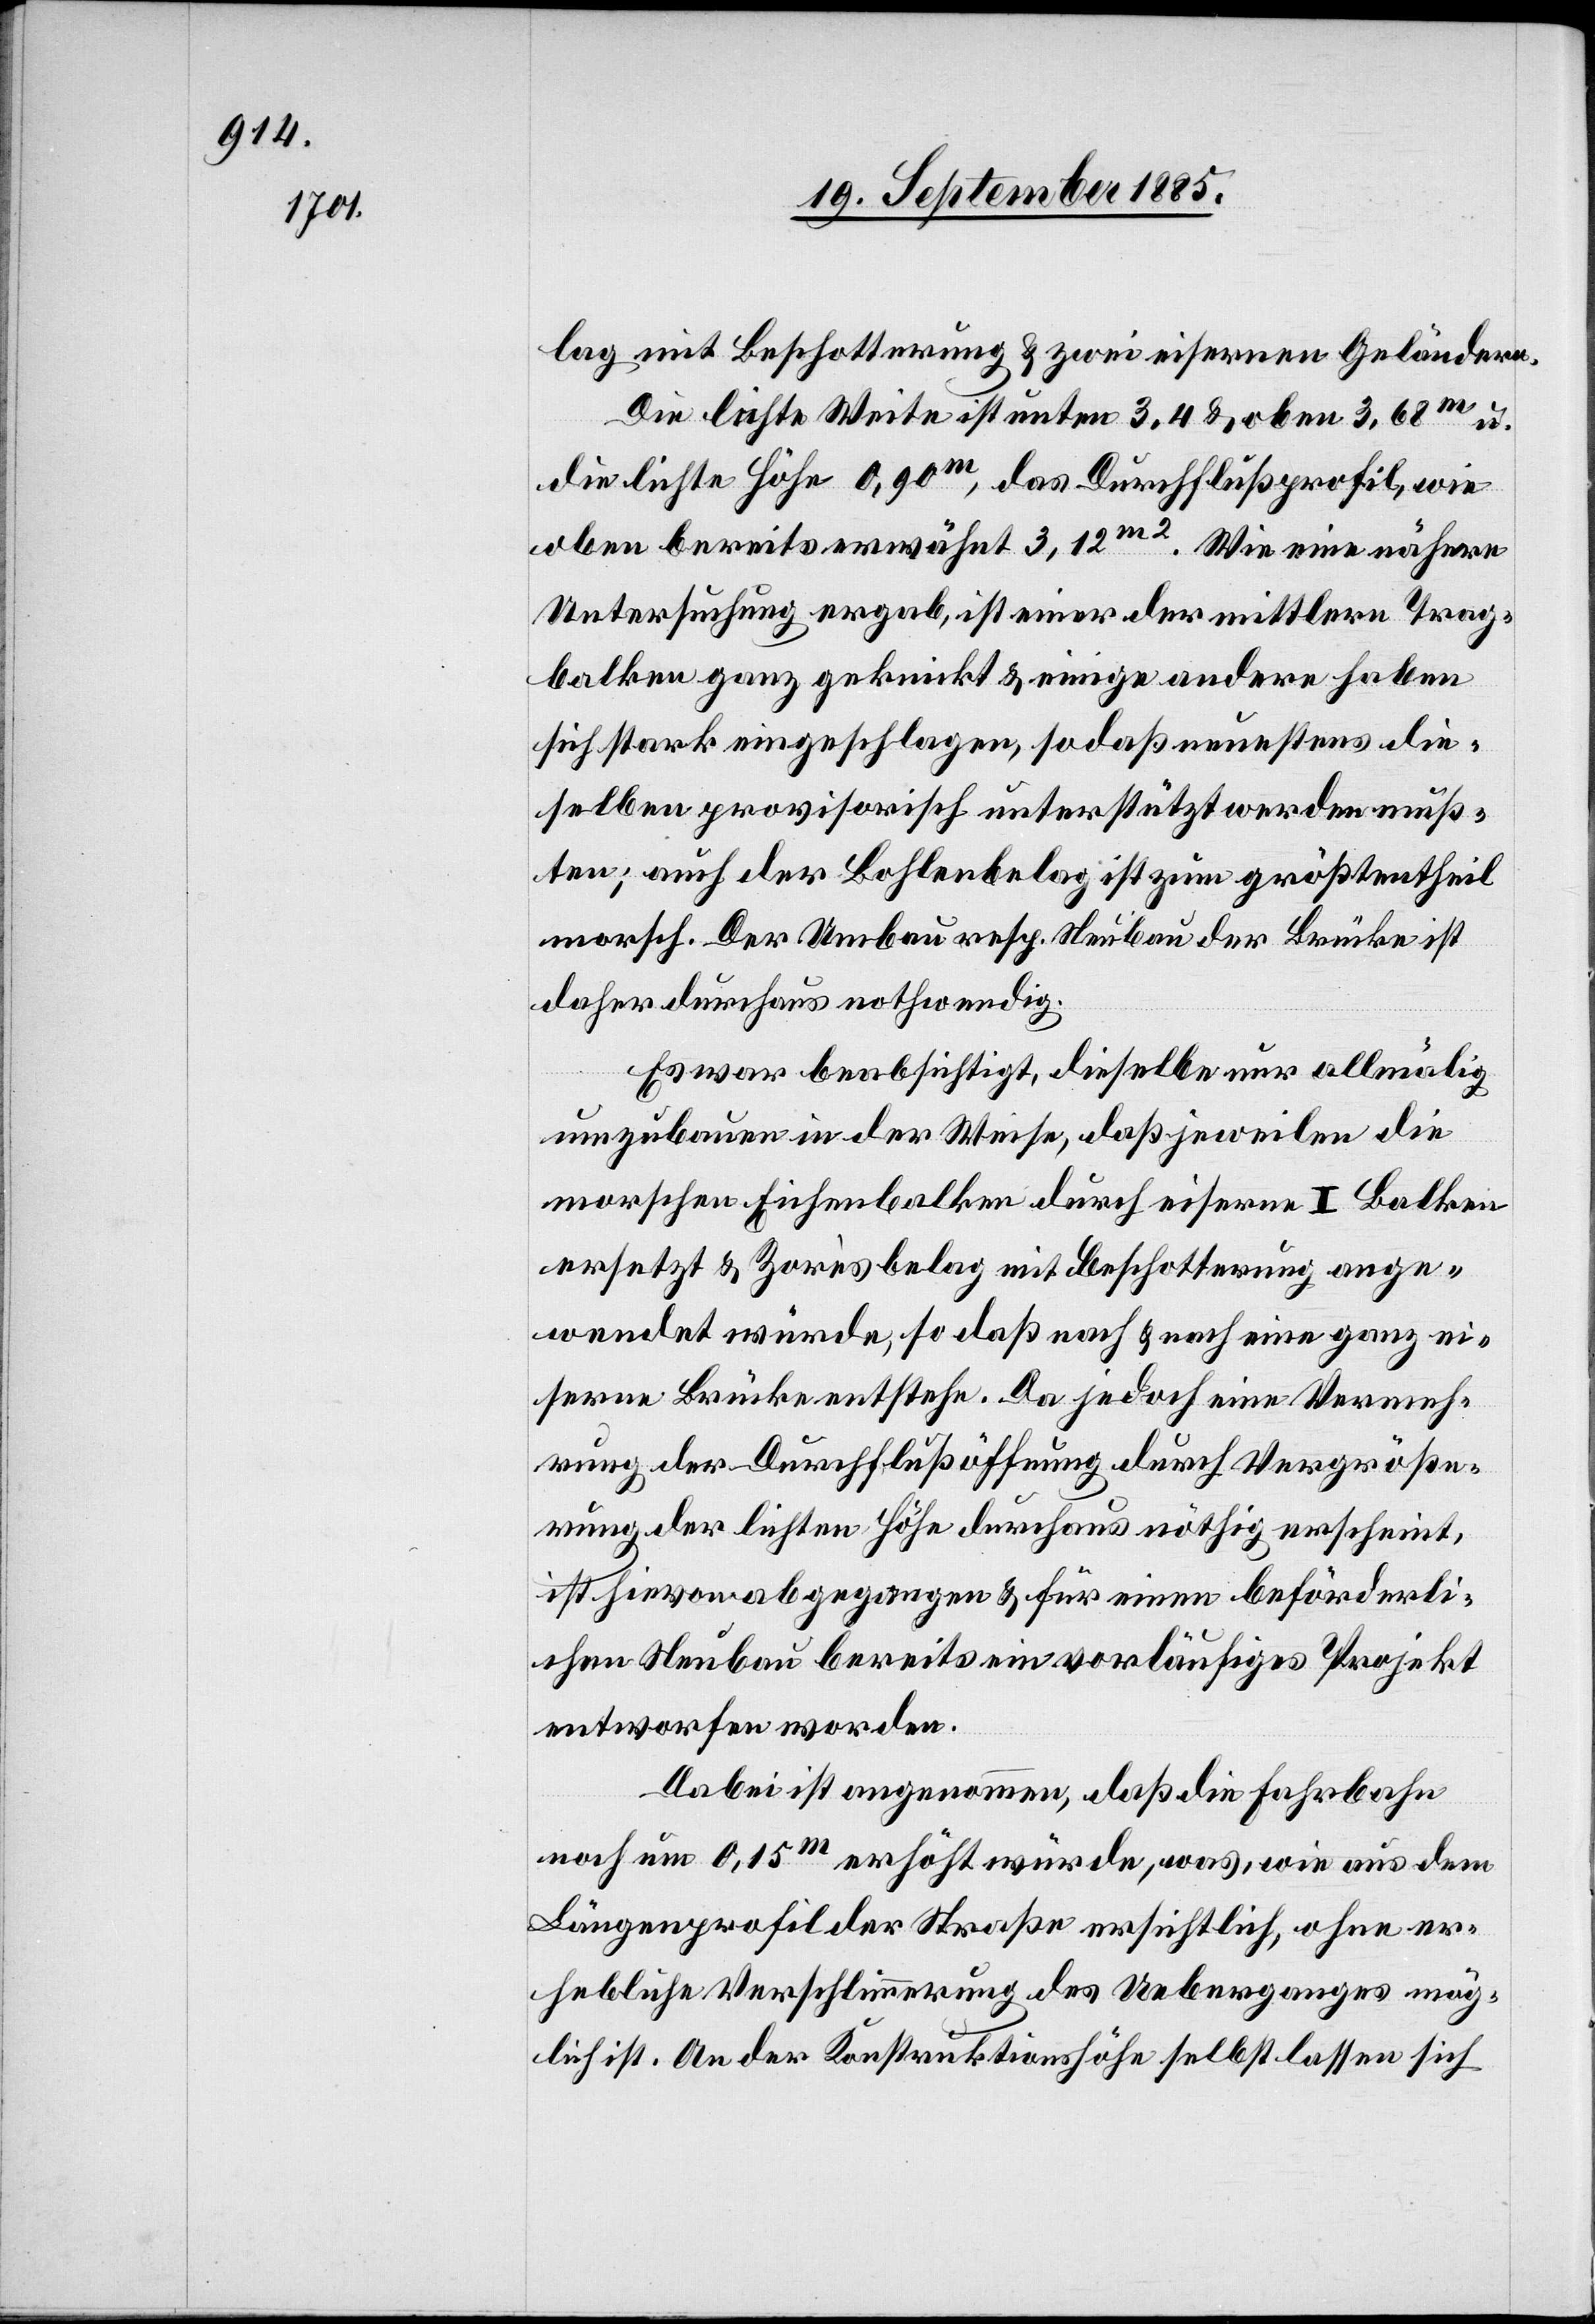
lag mit Beschotterung & zwei eisernen Geländern.
Die lichte Weite ist unten 3,4 & oben 3,68m u.
die lichte Höhe 0,90m, das Durchflußprofil, wie
oben bereits erwähnt 3,12m2. Wie eine nähere
Untersuchung ergab, ist einer der mittlern Trag¬
balken ganz geknickt & einige andere haben
sich stark eingeschlagen, so daß neuestens die¬
selben provisorisch unterstützt werden muß¬
ten; auch der Bohlenbelag ist zum größtentheil
morsch. Der Umbau resp. Neubau der Brücke ist
daher durchaus nothwendig.
Es war beabsichtigt, dieselbe nur allmälig
umzubauen in der Weise, daß jeweilen die
morschen Eichenbalken durch eiserne I Balken
ersetzt & Zoresbelag mit Beschotterung ange¬
wendet würde, so daß nach & nach eine ganz ei¬
serne Brücke entstehe. Da jedoch eine Vermeh¬
rung der Durchflußöffnung durch Vergröße¬
rung der lichten Höhe durchaus nöthig erscheint,
ist hievon abgegangen & für einen beförderli¬
chen Neubau bereits ein vorläufiges Projekt
entworfen worden.
Dabei ist angenommen, daß die Fahrbahn
noch um 0,15m erhöht würde, was, wie aus dem
Längenprofil der Straße ersichtlich, ohne er¬
hebliche Verschlimmerung des Ueberganges mög¬
lich ist. An der Konstruktionshöhe selbst lassen sich